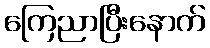
ကြေညာပြီးနောက်